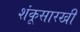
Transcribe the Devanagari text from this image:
शंकूसारखी